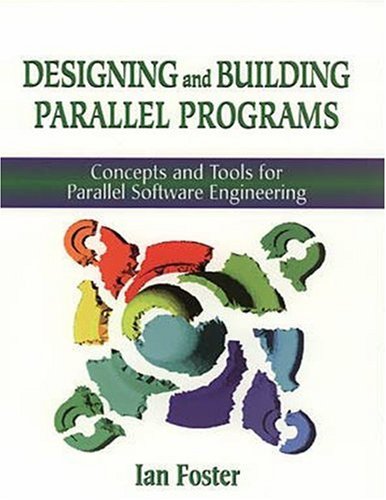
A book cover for Designing and Building Parallel Programs: Concepts and Tools for Parallel Software Engineering; Ian Foster; Computers & Technology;